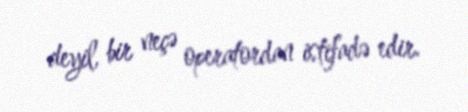
deyil, bir neçə operatordan istifadə edir.